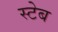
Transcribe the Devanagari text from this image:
स्टेब